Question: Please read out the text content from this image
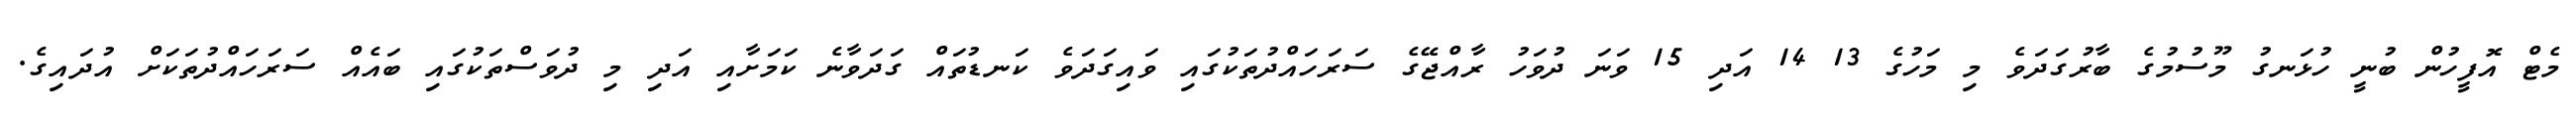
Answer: މެޓް އޮފީހުން ބުނީ ހުޅަނގު މޫސުމުގެ ބާރުގަދަވެ މި މަހުގެ 13 14 އަދި 15 ވަނަ ދުވަހު ރާއްޖޭގެ ސަރަހައްދުތަކުގައި ވައިގަދަވެ ކަނޑުތައް ގަދަވާނެ ކަމަށާއި އަދި މި ދުވަސްތަކުގައި ބައެއް ސަރަހައްދުތަކަށް އުދައިގެ.